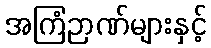
အကြံဉာဏ်များနှင့်